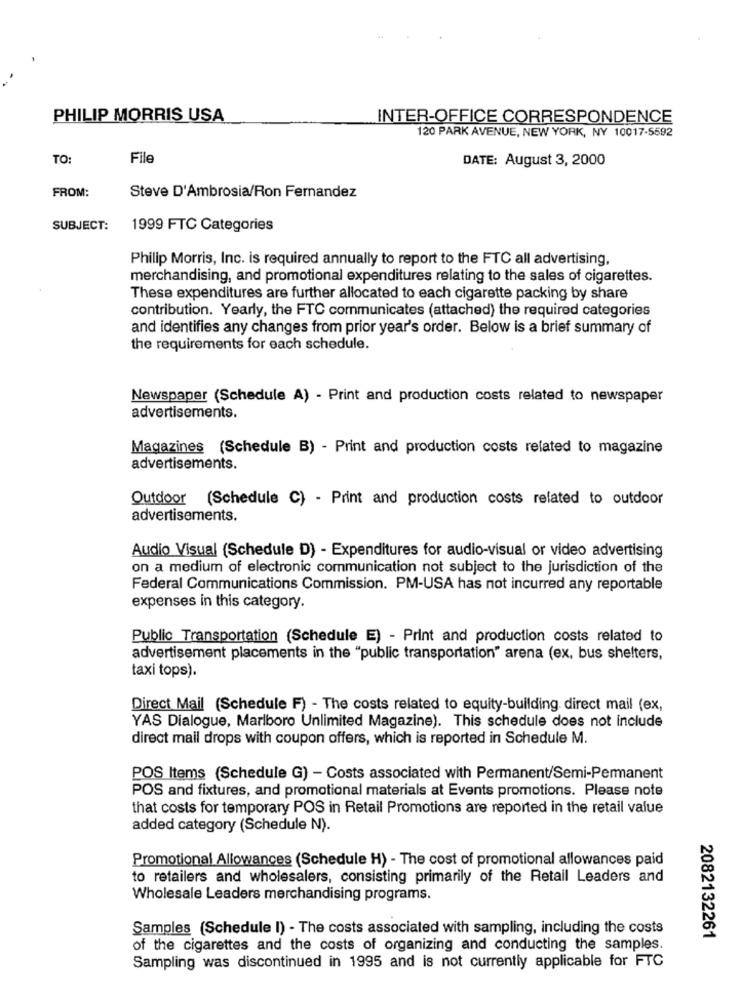
PHILIP MORRIS USA
INTER-OFFICE CORRESPONDENCE
120 PARK AVENUE, NEW YORK, NY 10017-5592
TO:
File
DATE: August 3, 2000
FROM:
Steve D'Ambrosia/Ron Fernandez
SUBJECT:
1999 FTC Categories
Philip Morris, Inc. is required annually to report to the FTC all advertising,
merchandising, and promotional expenditures relating to the sales of cigarettes.
These expenditures are further allocated to each cigarette packing by share
contribution. Yearly, the FTC communicates (attached) the required categories
and identifies any changes from prior year's order. Below is a brief summary of
the requirements for each schedule.
Newspaper (Schedule A) - Print and production costs related to newspaper
advertisements.
Magazines (Schedule B) - Print and production costs related to magazine
advertisements.
Outdoor (Schedule C) - Print and production costs related to outdoor
advertisements.
Audio Visual (Schedule D) - Expenditures for audio-visual or video advertising
on a medium of electronic communication not subject to the jurisdiction of the
Federal Communications Commission. PM-USA has not incurred any reportable
expenses in this category.
Public Transportation (Schedule E) - Print and production costs related to
advertisement placements in the "public transportation" arena (ex, bus shelters,
taxi tops).
Direct Mail (Schedule F) - The costs related to equity-building direct mail (ex,
YAS Dialogue, Marlboro Unlimited Magazine). This schedule does not include
direct mail drops with coupon offers, which is reported in Schedule M.
POS Items (Schedule G) - Costs associated with Permanent/Semi-Permanent
POS and fixtures, and promotional materials at Events promotions. Please note
that costs for temporary POS in Retail Promotions are reported in the retail value
added category (Schedule N).
Promotional Allowances (Schedule H) - The cost of promotional allowances paid
to retailers and wholesalers, consisting primarily of the Retail Leaders and
Wholesale Leaders merchandising programs.
Samples (Schedule I) - The costs associated with sampling, including the costs
2082132261
of the cigarettes and the costs of organizing and conducting the samples.
Sampling was discontinued in 1995 and is not currently applicable for FTC